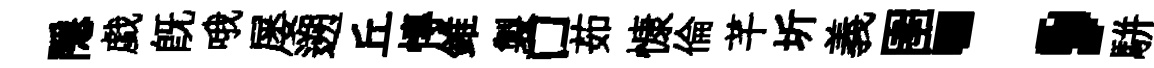
隱戯旣哦屡遡丘慱錐製口茹慷倫芊圻義圉；駢